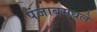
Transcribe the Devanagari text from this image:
पंजाबमधले